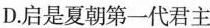
D.启是夏朝第一代君主